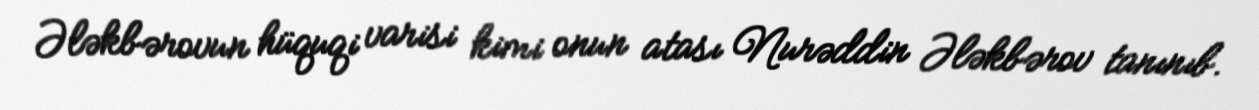
Ələkbərovun hüquqi varisi kimi onun atası Nurəddin Ələkbərov tanınıb.